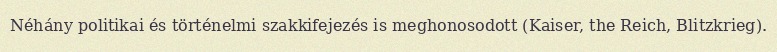
Néhány politikai és történelmi szakkifejezés is meghonosodott (Kaiser, the Reich, Blitzkrieg).